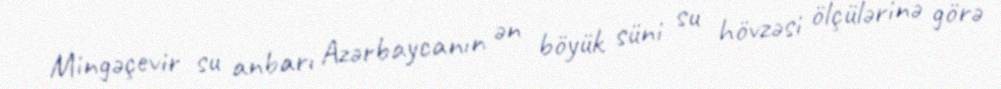
Mingəçevir su anbarı Azərbaycanın ən böyük süni su hövzəsi ölçülərinə görə